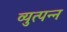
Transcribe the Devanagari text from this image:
व्युत्‍पन्‍न